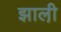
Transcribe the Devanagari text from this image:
झाली़